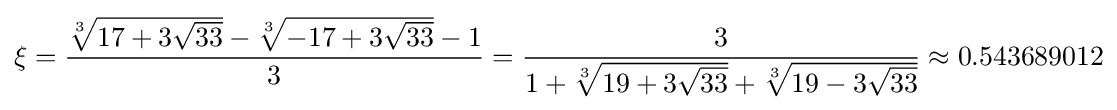
\xi ={\frac {{\sqrt[{3}]{17+3{\sqrt {33}}}}-{\sqrt[{3}]{-17+3{\sqrt {33}}}}-1}{3}}={\frac {3}{1+{\sqrt[{3}]{19+3{\sqrt {33}}}}+{\sqrt[{3}]{19-3{\sqrt {33}}}}}}\approx 0.543689012